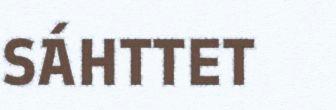
SÁHTTET